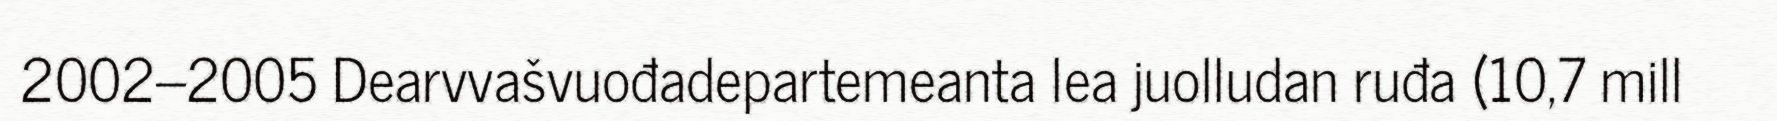
2002–2005 Dearvvašvuođadepartemeanta lea juolludan ruđa (10,7 mill